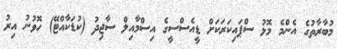
މުބާރާތުގެ އެންމެ މޮޅު ސްޕައިކަރަކަށް ޑީއެސްސީގެ އިސްމާއިލް ސާޖިދު (ކުޑަކާއްޓޭ) ހޮވުނު އިރު